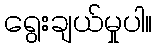
ရွေးချယ်မှုပါ။